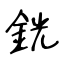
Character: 銧